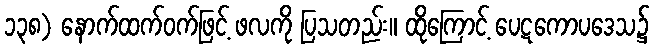
၁၃၈) နောက်ထက်ဝက်ဖြင့် ဖလကို ပြသတည်း။ ထိုကြောင့် ပေဋကောပဒေသ၌